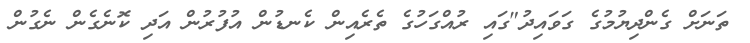
ތަނަށް ގެންދިޔުމުގެ ގަވައިދު"ގައި ރުއްގަހުގެ ތެރެއިން ކެނޑުން އުފުރުން އަދި ކޮނެގެން ނެގުން